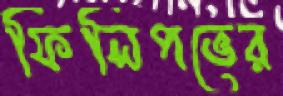
ফিলিপভের